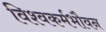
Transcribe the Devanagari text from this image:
विश्वकर्मभौवन